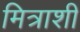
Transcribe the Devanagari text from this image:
मित्राशी